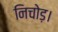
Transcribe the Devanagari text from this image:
निचोड़।